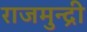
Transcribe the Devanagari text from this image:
राजमुन्द्री